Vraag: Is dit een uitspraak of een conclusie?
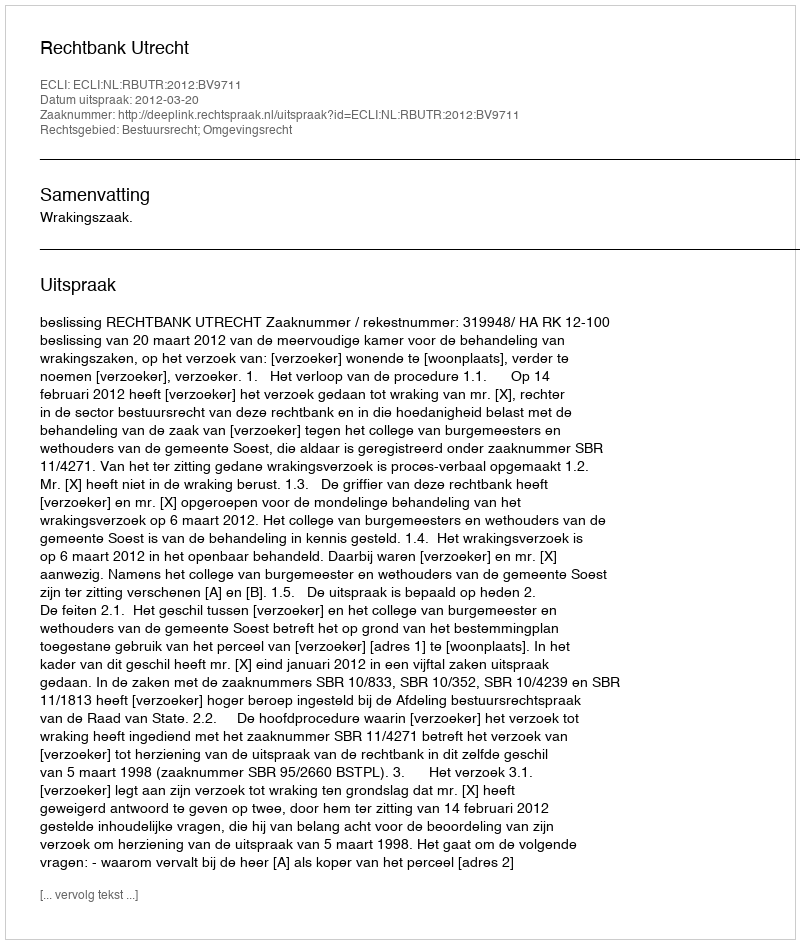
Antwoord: Uitspraak